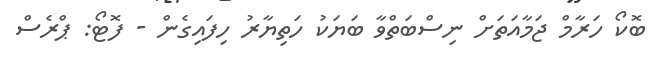
ބޮކޯ ހަރާމް ޖަމާއަތަށް ނިސްބަތްވާ ބަޔަކު ހަތިޔާރު ހިފައިގެން - ފޮޓޯ: ޕްރެސް